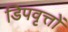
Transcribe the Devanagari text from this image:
डिपवृत्तों